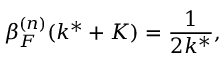
\beta _ { F } ^ { ( n ) } ( k ^ { * } + K ) = \frac { 1 } { 2 k ^ { * } } ,